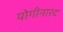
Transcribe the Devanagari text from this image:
योगीनारद